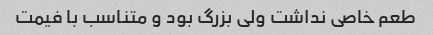
طعم خاصی نداشت ولی بزرگ بود و متناسب با فیمت